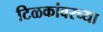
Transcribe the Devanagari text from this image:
टिळकांवरच्या